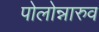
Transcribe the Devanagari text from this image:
पोलोन्नारुव